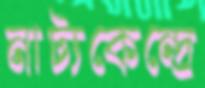
নাট্যকেন্দ্রে